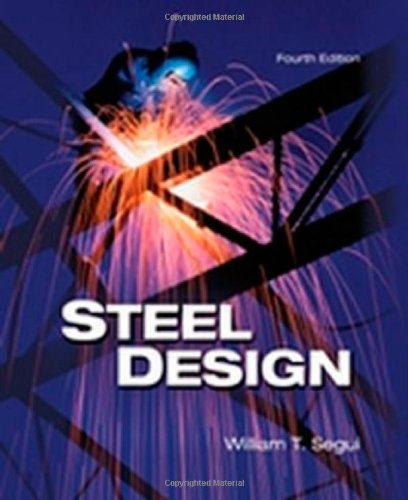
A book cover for Steel Design; William T. Segui; Engineering & Transportation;